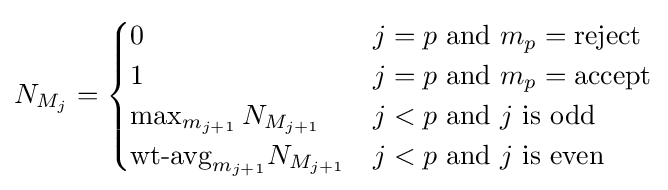
N_{M_{j}}={\begin{cases}0&j=p{\text{ and }}m_{p}={\text{reject}}\\1&j=p{\text{ and }}m_{p}={\text{accept}}\\\max _{m_{j+1}}N_{M_{j+1}}&j<p{\text{ and }}j{\text{ is odd}}\\{\text{wt-avg}}_{m_{j+1}}N_{M_{j+1}}&j<p{\text{ and }}j{\text{ is even}}\\\end{cases}}